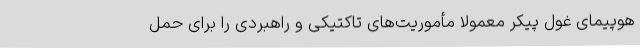
هوپیمای غول پیکر معمولا مأموریت‌های تاکتیکی و راهبردی را برای حمل